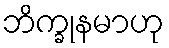
ဘိက္ခုနမာဟု